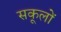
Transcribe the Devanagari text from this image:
सकूलों